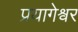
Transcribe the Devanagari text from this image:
प्रयागेश्वर